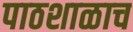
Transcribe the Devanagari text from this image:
पाठशाळाच